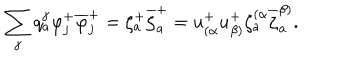
LaTeX: \sum _ { j } q _ { a } ^ { j } \varphi _ { j } ^ { + } \overline { { { \varphi } } } _ { j } ^ { + } = \zeta _ { a } ^ { + } \overline { { { \zeta } } } _ { a } ^ { + } = u _ { ( \alpha } ^ { + } u _ { \beta ) } ^ { + } \zeta _ { a } ^ { ( \alpha } \overline { { { \zeta } } } _ { a } ^ { \beta ) } .